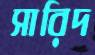
সারিদ